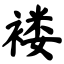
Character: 褛